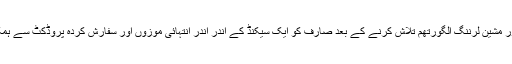
ڈیٹا مائننگ اور مشین لرننگ الگورتھم تلاش کرنے کے بعد صارف کو ایک سیکنڈ کے اندر اندر انتہائی موزوں اور سفارش کردہ پروڈکٹ سے ہمکنار کرتا ہے۔